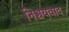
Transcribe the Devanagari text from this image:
निश्चयवाद